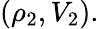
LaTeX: (\rho_{2},V_{2}).